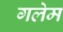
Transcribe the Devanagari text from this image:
गलेम